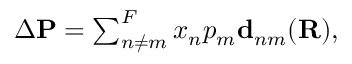
\begin{array} { r } { \Delta \mathbf { P } = \sum _ { n \neq m } ^ { F } x _ { n } p _ { m } \mathbf { d } _ { n m } ( \mathbf { R } ) , } \end{array}